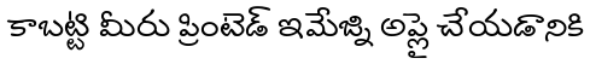
కాబట్టి మీరు ప్రింటెడ్ ఇమేజ్ని అప్లై చేయడానికి